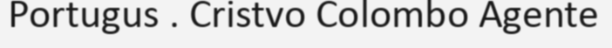
Portugus . Cristvo Colombo Agente